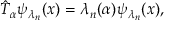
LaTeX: \hat { T } _ { \alpha } \psi _ { \lambda _ { n } } ( x ) = \lambda _ { n } ( \alpha ) \psi _ { \lambda _ { n } } ( x ) ,